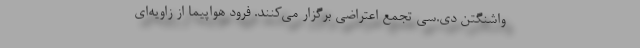
واشنگتن دی.سی تجمع اعتراضی برگزار می‌کنند. فرود هواپیما از زاویه‌ای